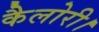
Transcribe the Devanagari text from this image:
कैलोरी।